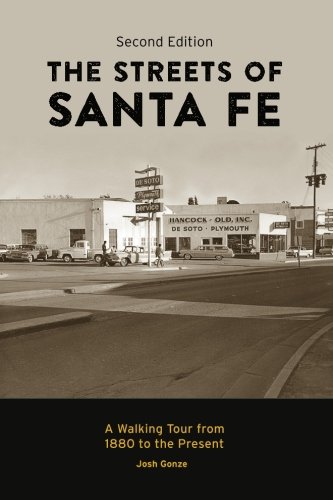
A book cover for The Streets of Santa Fe: A Walking Tour from 1880 to the Present; Josh Gonze; Travel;